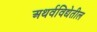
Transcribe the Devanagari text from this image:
अथर्वविद्येतील